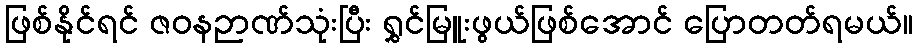
ဖြစ်နိုင်ရင် ဇဝနဉာဏ်သုံးပြီး ရွှင်မြူးဖွယ်ဖြစ်အောင် ပြောတတ်ရမယ်။